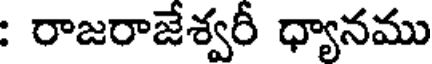
: రాజరాజేశ్వరీ ధ్యానము